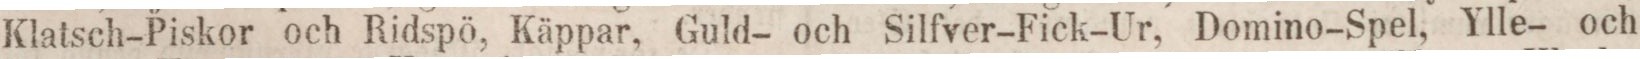
Klatsch-Piskor och Ridspö, Käppar, Guld- och Silfver-Fick-Ur, Domino-Spel, Ylle- och